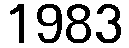
1983